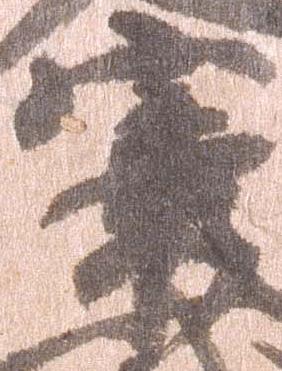
宰